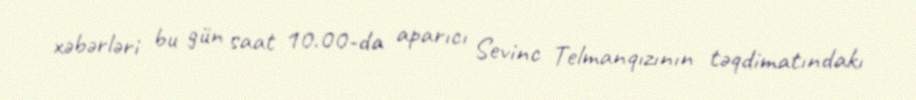
xəbərləri bu gün saat 10.00-da aparıcı Sevinc Telmanqızının təqdimatındakı